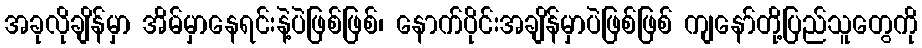
အခုလိုချိန်မှာ အိမ်မှာနေရင်းနဲ့ပဲဖြစ်ဖြစ်၊ နောက်ပိုင်းအချိန်မှာပဲဖြစ်ဖြစ် ကျနော်တို့ပြည်သူတွေကို